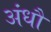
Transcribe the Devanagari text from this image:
अंधौ